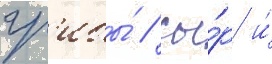
гр'ибы́ / сы́р и́